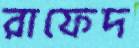
রাফেদ